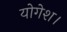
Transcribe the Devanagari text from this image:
योगेश।